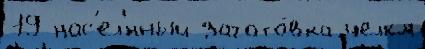
19 нас'ел'́нный загото́вка челкм